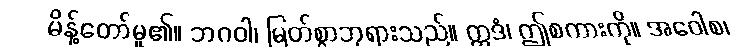
မိန့်တော်မူ၏။ ဘဂဝါ၊ မြတ်စွာဘုရားသည်။ ဣဒံ၊ ဤစကားကို။ အဝေါစ၊